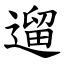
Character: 遛